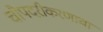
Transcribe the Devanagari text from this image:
चौपदरीकरणाचा